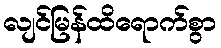
လျင်မြန်ထိရောက်စွာ